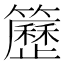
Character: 𥷒